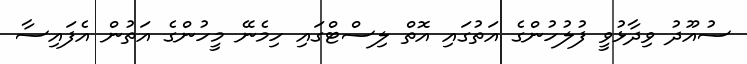
ސުއޫދު ވިދާޅުވީ ފުލުހުންގެ އަތުގައި އޮތް ލިސްޓްގައި ހިމެނޭ މީހުންގެ އަތުން އެފައިސާ